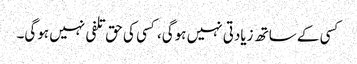
کسی کے ساتھ زیادتی نہیں ہوگی، کسی کی حق تلفی نہیں ہوگی۔